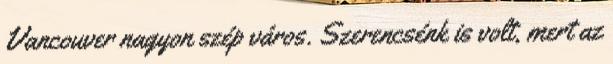
Vancouver nagyon szép város. Szerencsénk is volt, mert az